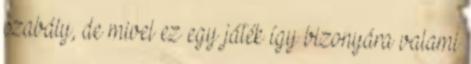
szabály, de mivel ez egy játék így bizonyára valami